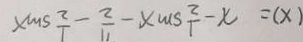
( x ) = x - \frac { 1 } { 2 } s m x - \frac { 1 1 } { 2 } - \frac { 1 } { 2 } s m x